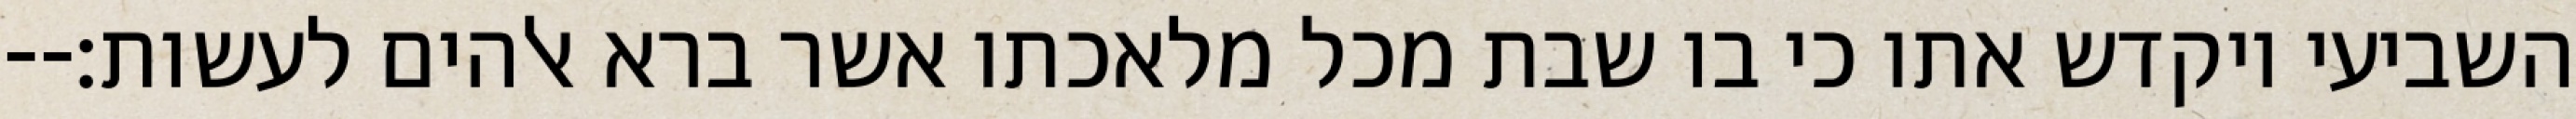
השביעי ויקדש אתו כי בו שבת מכל מלאכתו אשר ברא אלהים לעשות׃--